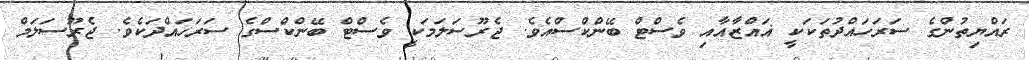
ރައްޔިތުންގެ ސަރަހައްދުތަކަކީ ޣައްޒާއާއި ވެސްޓް ބޭންކްސްއެވެ. ޖެރޫސަލަމަކީ ވެސްޓް ބޭންކްސްގެ ސަރަހައްދަކެވެ. ޖެރޫސަލަމް